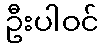
ဦးပါဝင်